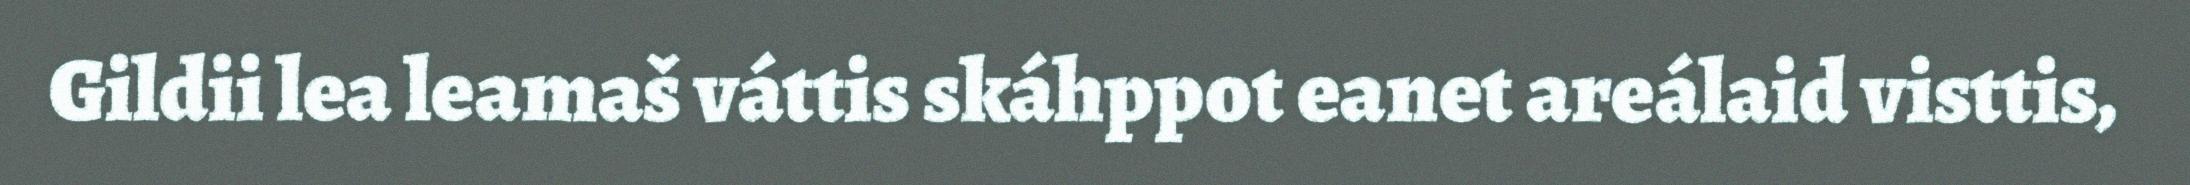
Gildii lea leamaš váttis skáhppot eanet areálaid visttis,